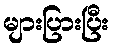
များပြားပြီး